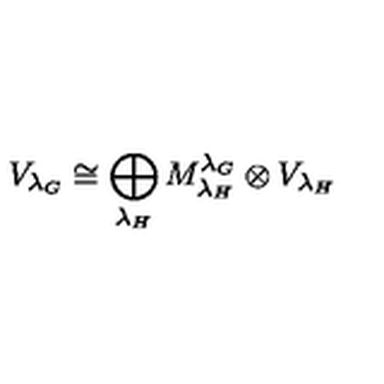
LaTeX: V _ { { \lambda _ { G } } } \cong \bigoplus _ { { \lambda _ { H } } } M _ { \lambda _ { H } } ^ { \lambda _ { G } } \otimes V _ { { \lambda _ { H } } }